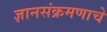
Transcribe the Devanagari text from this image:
ज्ञानसंक्रमणाचे